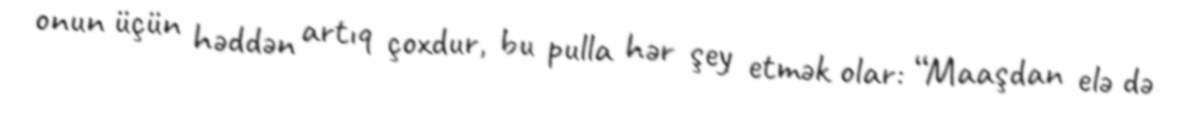
onun üçün həddən artıq çoxdur, bu pulla hər şey etmək olar: “Maaşdan elə də